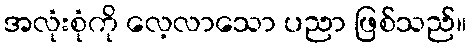
အလုံးစုံကို လေ့လာသော ပညာ ဖြစ်သည်။